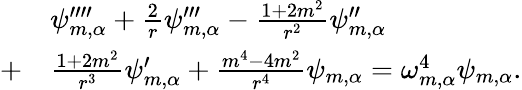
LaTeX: \begin{array}{rl}&{\psi_{m,\alpha}^{\prime\prime\prime\prime}+\frac{2}{r}\psi_{m,\alpha}^{\prime\prime\prime}-\frac{1+2m^{2}}{r^{2}}\psi_{m,\alpha}^{\prime\prime}}\\ {+}&{\frac{1+2m^{2}}{r^{3}}\psi_{m,\alpha}^{\prime}+\frac{m^{4}-4m^{2}}{r^{4}}\psi_{m,\alpha}=\omega_{m,\alpha}^{4}\psi_{m,\alpha}.}\end{array}